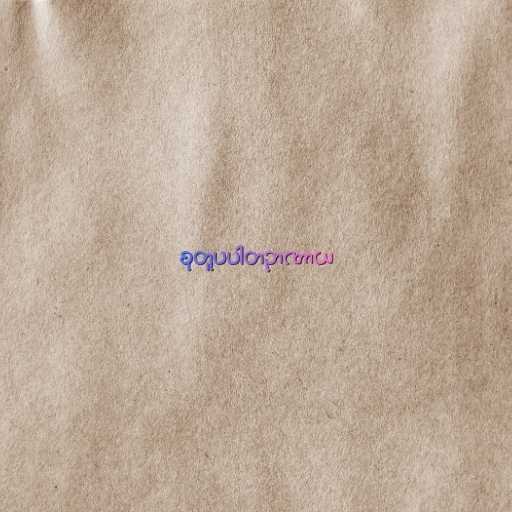
စုတူပပါတဉာဏာယ